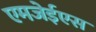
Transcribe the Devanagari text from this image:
एमजेईएस